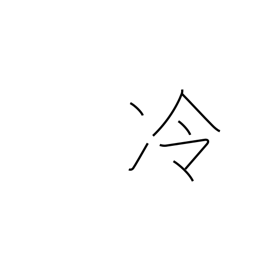
Meaning: cool